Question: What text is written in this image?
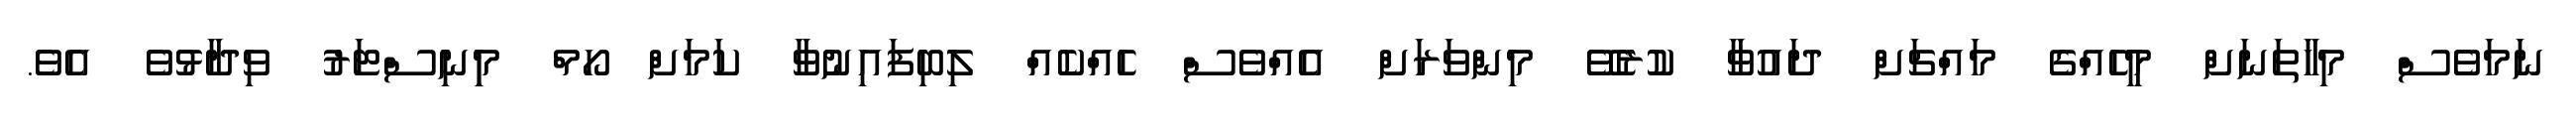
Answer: ނަމަވެސް މިހާތަނަށް މީހެއްގެ މައްޗަށް ދައުވާ ކުރެވޭ މިންވަރަށް އެއްވެސް ހެއްކެއް ލިބިފައިނުވާ ކަމަށް ހޯމް މިިނިސްޓަރު ވިދާޅުވެ އެވެ.